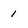
Character: 1